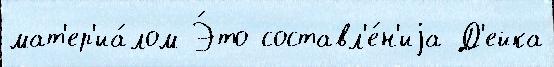
мат'ер'иа́лом Э́то составл'е́н'иjа Д'ейка